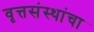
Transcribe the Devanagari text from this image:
वृत्तसंस्थांचा